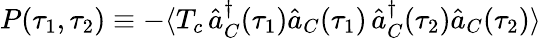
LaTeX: P(\tau_{1},\tau_{2})\equiv-\langle T_{c}\, \hat{a}_{C}^{\dagger}(\tau_{1})\hat{a}_{C}(\tau_{1})\, \hat{a}_{C}^{\dagger}(\tau_{2})\hat{a}_{C}(\tau_{2})\rangle